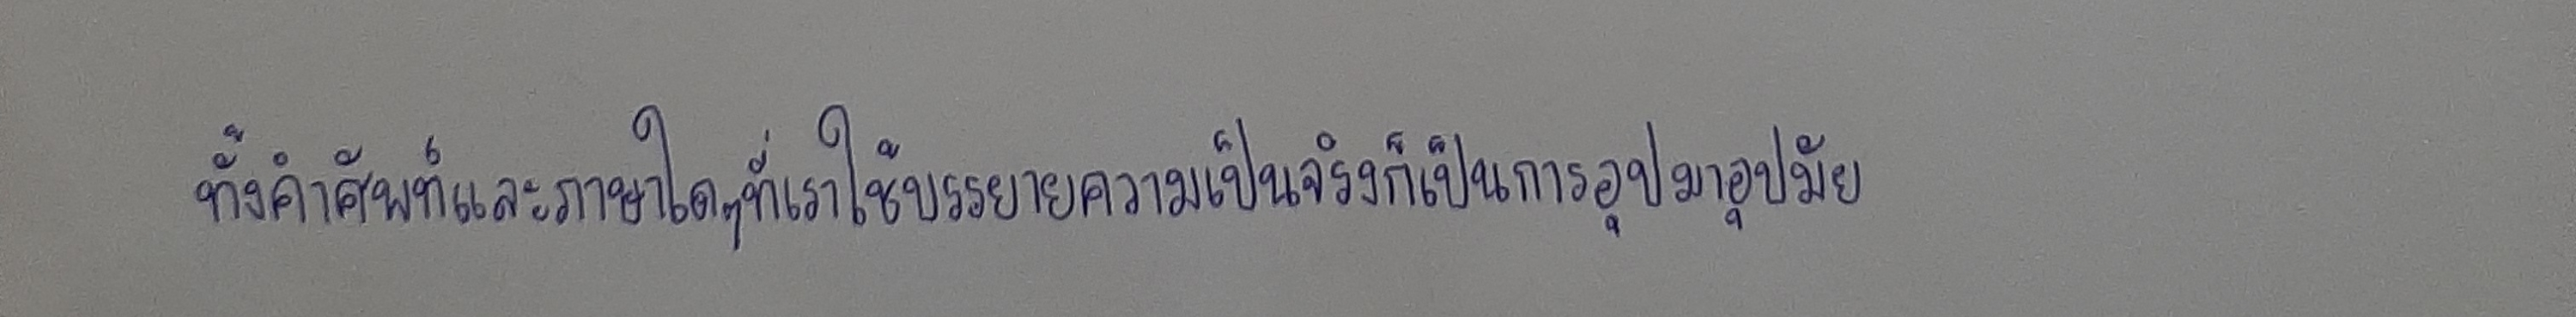
ทั้งคำศัพท์และภาษาใดๆที่เราใช้บรรยายความเป็นจริงก็เป็นการอุปมาอุปมัย